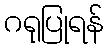
ဂရုပြုရန်